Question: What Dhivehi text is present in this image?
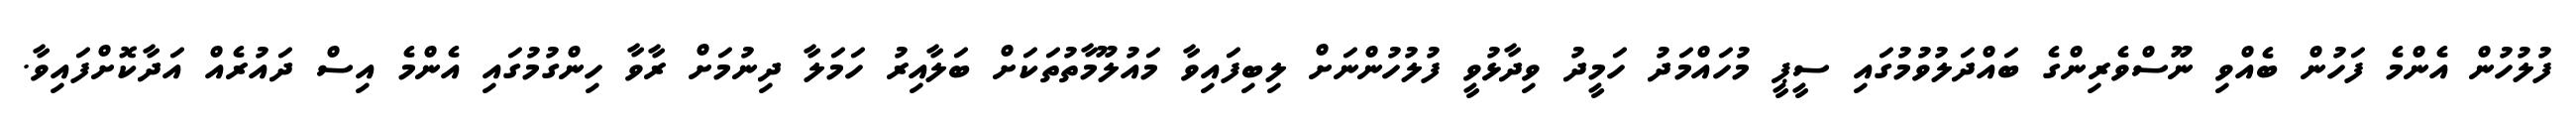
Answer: ފުލުހުން އެންމެ ފަހުން ބެއްވި ނޫސްވެރިންގެ ބައްދަލުވުމުގައި ސީޕީ މުހައްމަދު ހަމީދު ވިދާޅުވީ ފުލުހުންނަށް ލިބިފައިވާ މައުލޫމާތުތަކަށް ބަލާއިރު ހަމަލާ ދިނުމަށް ރާވާ ހިންގުމުގައި އެންމެ އިސް ދައުރެއް އަދާކޮށްފައިވާ.